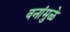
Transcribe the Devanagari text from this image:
वनांमुळे